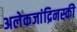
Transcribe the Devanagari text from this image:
अलेकजांद्रिनस्की